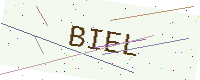
Text: BIEL